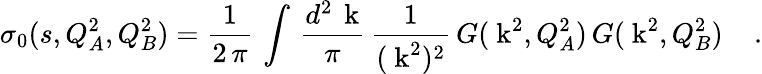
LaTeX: \sigma_{0}(s,Q_{A}^{2},Q_{B}^{2})={\frac{1}{2\, \pi}}\, \int\, {\frac{d^{2}\, {\mathrm{\mathbf~k}}}{\pi}}\, {\frac{1}{({{\mathrm{\mathbf~k}}}^{2})^{2}}}\, G({\mathrm{\mathbf~k}}^{2},Q_{A}^{2})\, G({\mathrm{\mathbf~k}}^{2},Q_{B}^{2})\; \; \; \; .